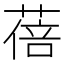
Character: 蓓